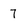
Character: 7